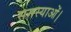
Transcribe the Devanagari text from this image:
समस्याओं।